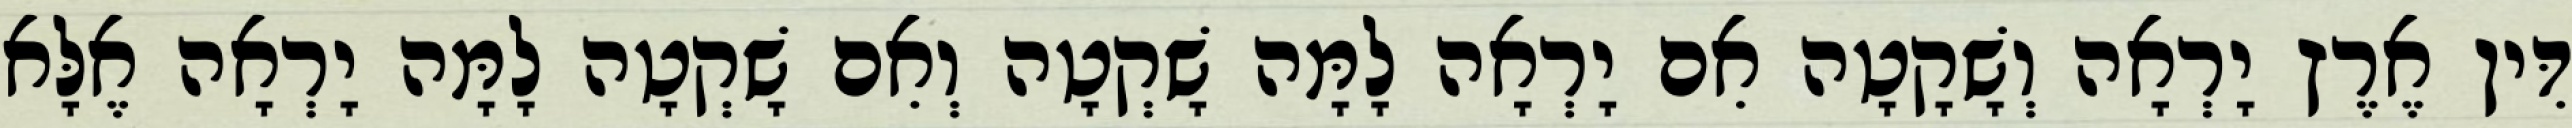
דִּין אֶרֶץ יָרְאָה וְשָׁקָטָה אִם יָרְאָה לָמָּה שָׁקְטָה וְאִם שָׁקְטָה לָמָּה יָרְאָה אֶלָּא